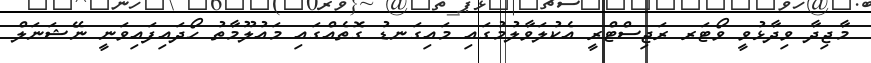
މާޖިދާ ވިދާޅުވީ ވޯޓަރ ރަޖިސްޓްރީ އެކުލަވާލުމުގައި މައިގަނޑު ގޮތެއްގައި މައުލޫމާތު ހޯދައިފައިވަނީ ނޭޝަނަލް